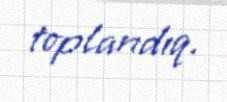
toplandıq.